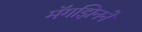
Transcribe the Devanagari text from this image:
मॅगझिनने